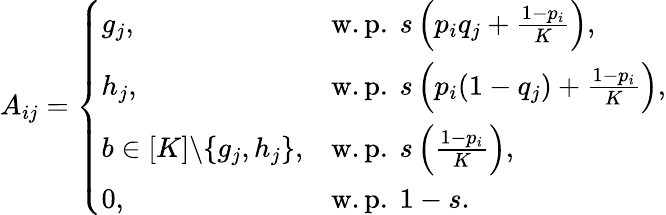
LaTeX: A_{ij}=\left\{ \begin{array}{ll}{g_{j},}&{\mathrm{w.p.~}s\left(p_{i}q_{j}+\frac{1-p_{i}}{K}\right),}\\ {h_{j},}&{\mathrm{w.p.~}s\left(p_{i}(1-q_{j})+\frac{1-p_{i}}{K}\right),}\\ {b\in[K]\backslash\{ g_{j},h_{j}\} ,}&{\mathrm{w.p.~}s\left(\frac{1-p_{i}}{K}\right),}\\ {0,}&{\mathrm{w.p.~}1-s.}\end{array}\right.